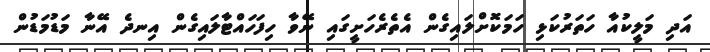
އަދި މަލީކުއާ ހަތަރުކަޅި ހަމަކޮށްލައިގެން އެތެރެހަށީގައި ނޭވާ ހިފަހައްޓާލައިގެން އިނދެ އޭނާ މަޑުމަޑުން